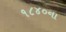
૧૮૪૦ના